Annual report of the Imperial Bacteriological Laboratory, Muktesar
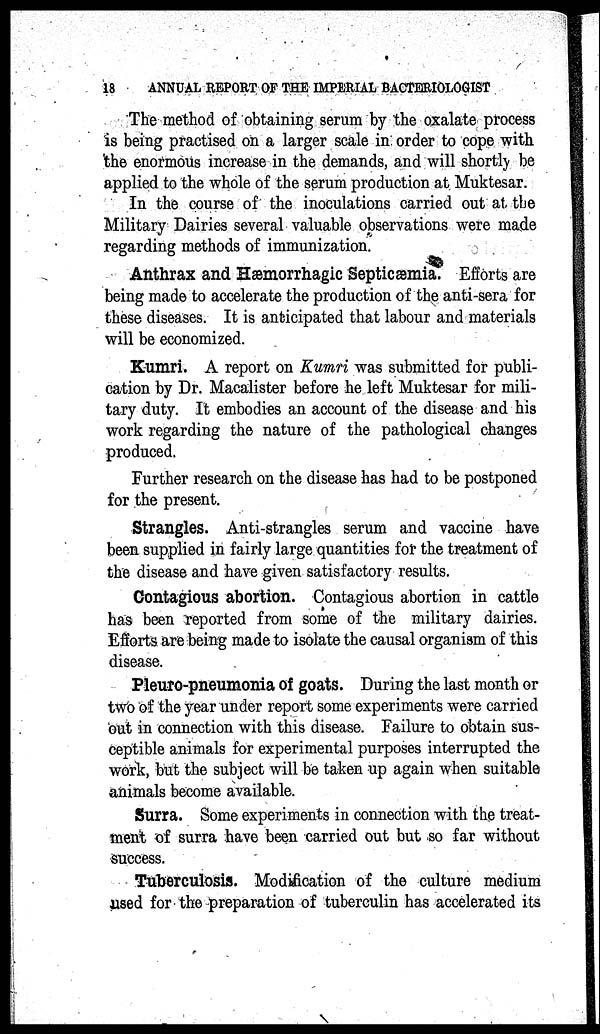
18
ANNUAL REPORT OF THE IMPERIAL BACTERIOLOGIST
The method of obtaining serum by the oxalate process
is being practised on a larger scale in order to cope with
the enormous increase in the demands, and will shortly be
applied to the whole of the serum production at Muktesar.
In the course of the inoculations carried out at. the
Military Dairies several valuable observations were made
regarding methods of immunization.
Anthrax and Hæmorrhagic Septicæmia. Efforts are
being made to accelerate the production of the anti-sera for
these diseases. It is anticipated that labour and materials
will be economized.
Kumri. A report on Kumri was submitted for publi-
cation by Dr. Macalister before he left Muktesar for mili-
tary duty. It embodies an account of the disease and his
work regarding the nature of the pathological changes
produced.
Further research on the disease has had to be postponed
for the present.
Strangles. Anti-strangles serum and vaccine have
been supplied in fairly large quantities for the treatment of
the disease and have given satisfactory results.
Contagious abortion. Contagious abortion in cattle
has been reported from some of the military dairies.
Efforts are being made to isolate the causal organism of this
disease.
Pleuro-pneumonia of goats. During the last month or
two of the year under report some experiments were carried
out in connection with this disease. Failure to obtain sus-
ceptible animals for experimental purposes interrupted the
work, but the subject will be taken up again when suitable
animals become available.
Surra. Some experiments in connection with the treat-
ment of surra have been carried out but so far without
success.
Tuberculosis. Modification of the culture medium
used for the preparation of tuberculin has accelerated its